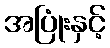
အပြုံးနှင့်